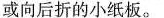
或向后折的小纸板。